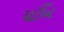
પખિ